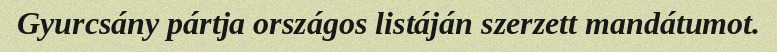
Gyurcsány pártja országos listáján szerzett mandátumot.